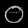
Digit: ၀